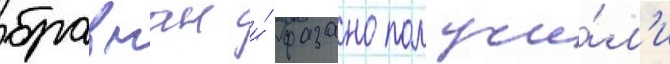
бравман и́ фазано получи́л'и